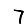
Digit: 7